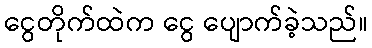
ငွေတိုက်ထဲက ငွေ ပျောက်ခဲ့သည်။